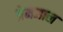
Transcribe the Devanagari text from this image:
प्रेमजाल